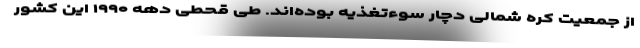
از جمعیت کره شمالی دچار سوءتغذیه بوده‌اند. طی قحطی دهه ۱۹۹۰ این کشور